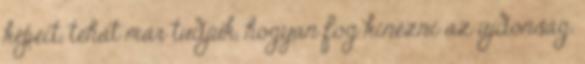
képeit, tehát már tudjuk, hogyan fog kinézni az újdonság.